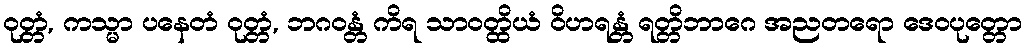
ဝုတ္တံ, ကသ္မာ ပနေတံ ဝုတ္တံ, ဘဂဝန္တံ ကိရ သာဝတ္ထိယံ ဝိဟရန္တံ ရတ္တိဘာဂေ အညတရော ဒေဝပုတ္တော